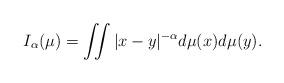
LaTeX: \begin{align*} I_{\alpha}(\mu) = \iint |x-y|^{-\alpha} d\mu(x) d\mu(y). \end{align*}